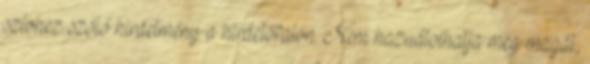
szívhez szóló hirdetmény a hirdetőfalon. Nem hazudtolhatja meg magát,